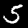
Label: 5